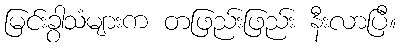
မြင်းခွာသံများက တဖြည်းဖြည်း နီးလာပြီ။